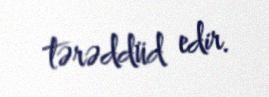
tərəddüd edir.